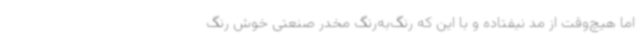
اما هیچ‌وقت از مد نیفتاده و با این که رنگ‌به‌رنگ مخدر صنعتی خوش‌ رنگ